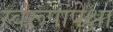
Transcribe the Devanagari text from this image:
स्वरूपांपेक्षा